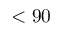
< 9 0